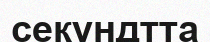
секундтта